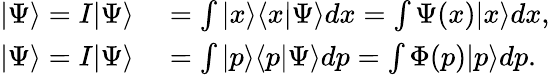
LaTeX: \begin{array}{rl}{|\Psi\rangle=I|\Psi\rangle}&{{}=\int|x\rangle\langle x|\Psi\rangle dx=\int\Psi(x)|x\rangle dx,}\\ {|\Psi\rangle=I|\Psi\rangle}&{{}=\int|p\rangle\langle p|\Psi\rangle dp=\int\Phi(p)|p\rangle dp.}\end{array}